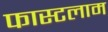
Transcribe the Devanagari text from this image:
फास्टलाम